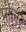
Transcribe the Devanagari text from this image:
प्रोलर